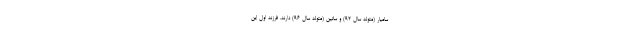
سامیار (متولد سال ۹۲) و ساتین (متولد سال ۹۶) دارند. فرزند اول این